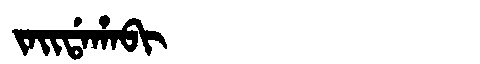
Manchu: ᠵᠠᡳᡩᠠᡥᠠᠪᡳ
Romanization: JAIDAHABI